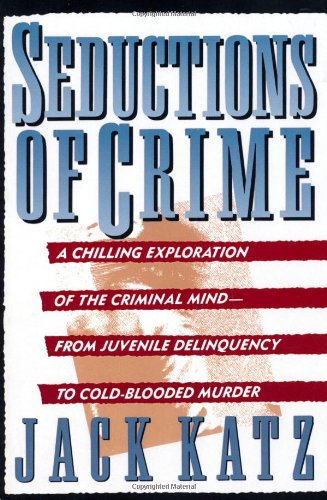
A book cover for Seductions Of Crime: Moral And Sensual Attractions In Doing Evil; Jack Katz; Politics & Social Sciences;